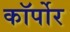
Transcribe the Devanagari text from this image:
कॉर्पोर